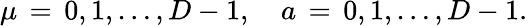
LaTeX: \mu\, =\, 0,1,\ldots,D-1,\quad a\, =\, 0,1,\ldots,D-1.